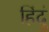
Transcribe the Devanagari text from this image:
हिंदुं